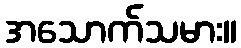
အသောက်သမား။